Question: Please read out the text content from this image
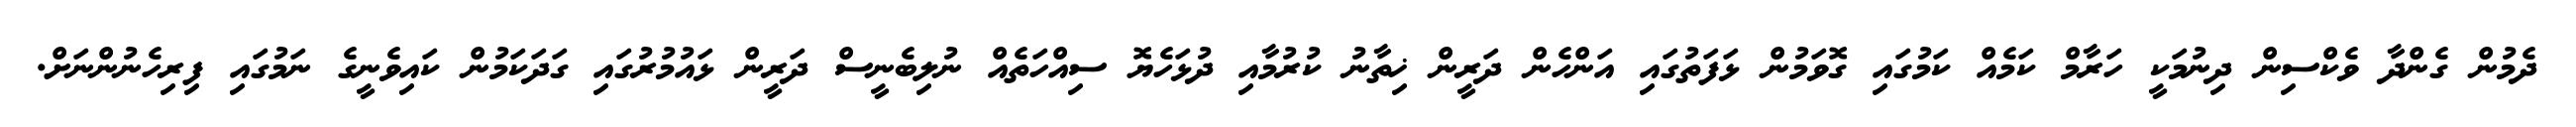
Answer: ދެމުން ގެންދާ ވެކްސިން ދިނުމަކީ ހަރާމް ކަމެއް ކަމުގައި ގޮވަމުން ޅަފަތުގައި އަންހެން ދަރީން ޚިތާނު ކުރުމާއި ދުޅަހެޔޮ ސިއްހަތެއް ނުލިބެނީސް ދަރީން ޅައުމުރުގައި ގަދަކަމުން ކައިވެނީގެ ނަމުގައި ފިރިހެނުންނަށް.